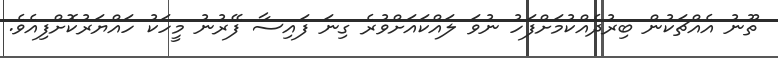
ތޫނު އެއްޗަކުން ބިރުދެއްކުމަށްފަހު ނުވަ ލައްކައަށްވުރެ ގިނަ ފައިސާ ފޭރުނު މީހަކު ހައްޔަރުކޮށްފިއެވެ.